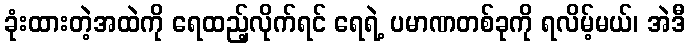
ခုံးထားတဲ့အထဲကို ရေထည့်လိုက်ရင် ရေရဲ့ ပမာဏတစ်ခုကို ရလိမ့်မယ်၊ အဲဒီ